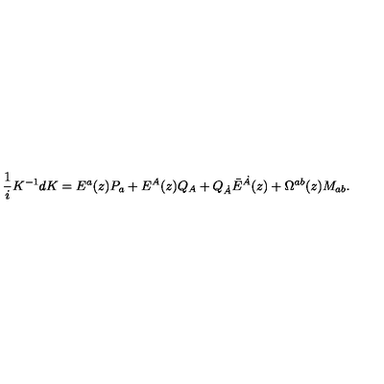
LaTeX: { \frac { 1 } { i } } K ^ { - 1 } d K = E ^ { a } ( z ) P _ { a } + E ^ { A } ( z ) Q _ { A } + Q _ { \dot { A } } \bar { E } ^ { \dot { A } } ( z ) + \Omega ^ { a b } ( z ) M _ { a b } .